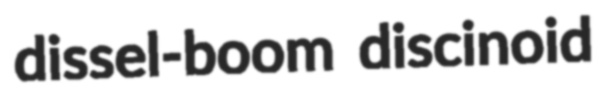
dissel-boom discinoid